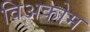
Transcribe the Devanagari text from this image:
विअकोम